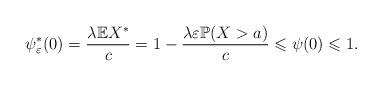
LaTeX: \begin{align*}\psi_\varepsilon^*(0)=\frac{\lambda \mathbb{E}X^*}{c}=1-\frac{\lambda\varepsilon \mathbb{P}(X>a)}{c}\leqslant\psi(0)\leqslant1.\end{align*}